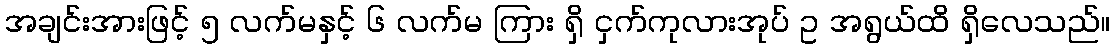
အချင်းအားဖြင့် ၅ လက်မနှင့် ၆ လက်မ ကြား ရှိ ငှက်ကုလားအုပ် ဥ အရွယ်ထိ ရှိလေသည်။